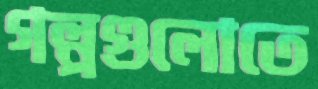
গল্পগুলোতে